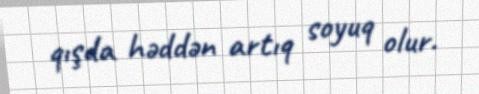
qışda həddən artıq soyuq olur.